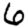
Digit: 6